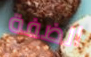
الضفة